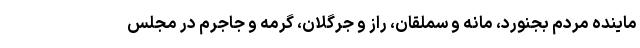
ماینده مردم بجنورد، مانه و سملقان، راز و جرگلان، گرمه و جاجرم در مجلس